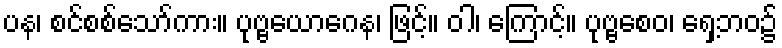
ပန၊ စင်စစ်သော်ကား။ ပုဗ္ဗယောဂေန၊ ဖြင့်။ ဝါ၊ ကြောင့်။ ပုဗ္ဗစေဝ၊ ရှေ့ဘဝ၌